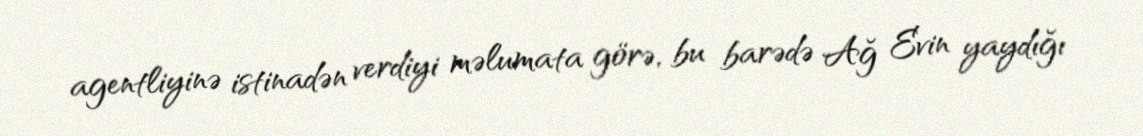
agentliyinə istinadən verdiyi məlumata görə, bu barədə Ağ Evin yaydığı